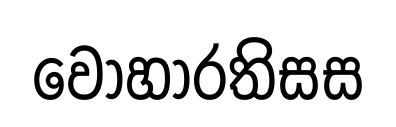
වෝහාරතිසස